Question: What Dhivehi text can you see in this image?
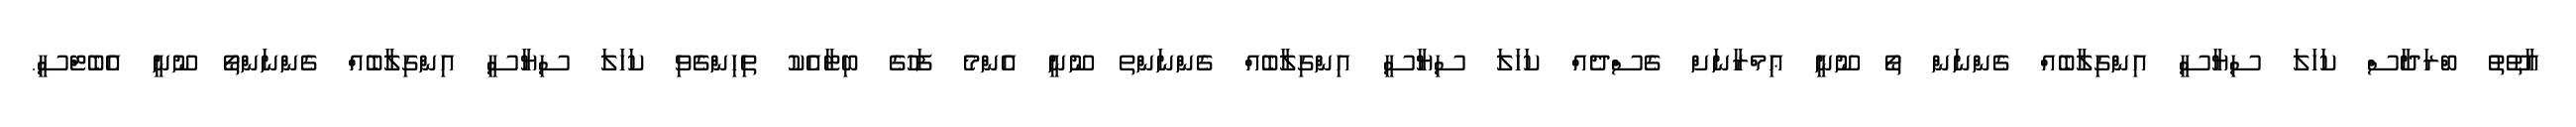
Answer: އާތޫތު ބްރަދާސް ކަހަލަ ސިޔާސީ އިންގިލާބެއް ގެންނަން ތޯ ނޫނީ ޢިމްރާނަށް ގެސްދެއް ކަހަލަ ސިޔާސީ އިންގިލާބެއް ގެންނަންތ ނޫނީ އެންމެ ފަހުގެ ބިޓާއެކު ތިހިންގެވި ކަހަލަ ސިޔާސީ އިންގިލާބެއް ގެންނަންތޯ ނޫނީ އެބެޓްސީ.